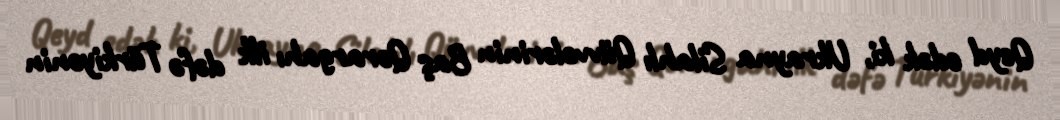
Qeyd edək ki, Ukrayna Silahlı Qüvvələrinin Baş Qərargahı ilk dəfə Türkiyənin